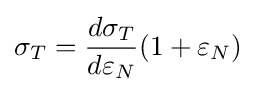
\sigma _{T}={\frac {d\sigma _{T}}{d\varepsilon _{N}}}(1+\varepsilon _{N})